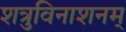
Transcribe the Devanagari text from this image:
शत्रुविनाशनम्